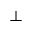
\bot